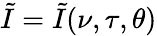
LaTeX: \tilde{I}=\tilde{I}(\nu,\tau,\theta)